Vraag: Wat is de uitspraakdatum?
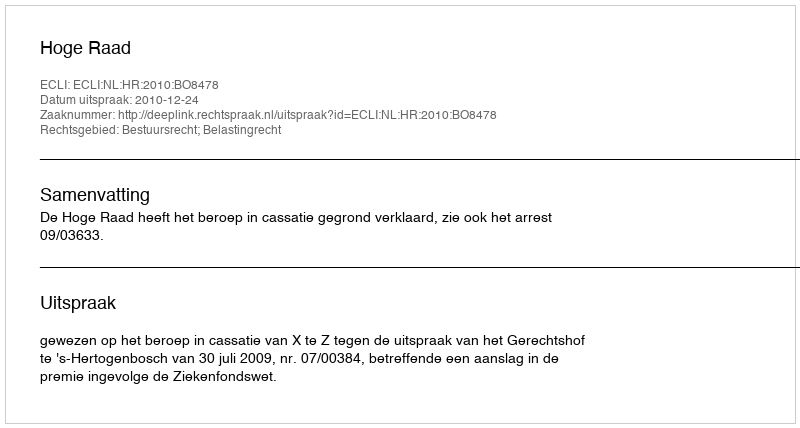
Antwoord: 2010-12-24